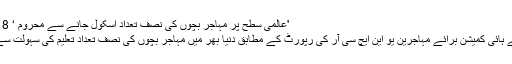
'عالمی سطح پر مہاجر بچوں کی نصف تعداد اسکول جانے سے محروم ‘ 29.08.2018
اقوام متحدہ کے ہائی کميشن برائے مہاجرين یو این ایچ سی آر کی رپورٹ کے مطابق دنیا بھر میں مہاجر بچوں کی نصف تعداد تعلیم کی سہولت سے محروم ہے۔